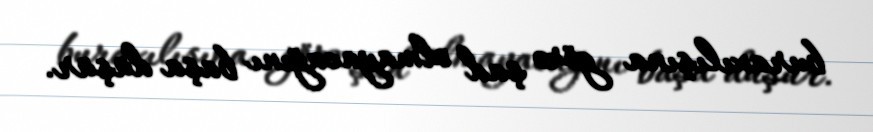
buraxılışına görə şad olmayacağını başa düşür.